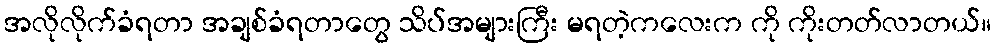
အလိုလိုက်ခံရတာ အချစ်ခံရတာတွေ သိပ်အများကြီး မရတဲ့ကလေးက ကို ကိုးတတ်လာတယ်။